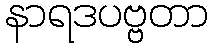
နာရဒပဗ္ဗတာ